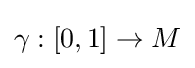
\gamma :[0,1]\to M